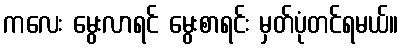
ကလေး မွေးလာရင် မွေးစာရင်း မှတ်ပုံတင်ရမယ်။